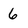
Character: 6